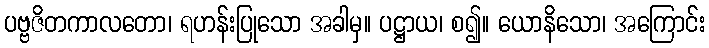
ပဗ္ဗဇိတကာလတော၊ ရဟန်းပြုသော အခါမှ။ ပဋ္ဌာယ၊ စ၍။ ယောနိသော၊ အကြောင်း